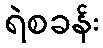
ရဲစခန်း